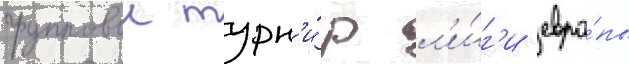
групповои турн'и́р л'и́г'и евро́пы